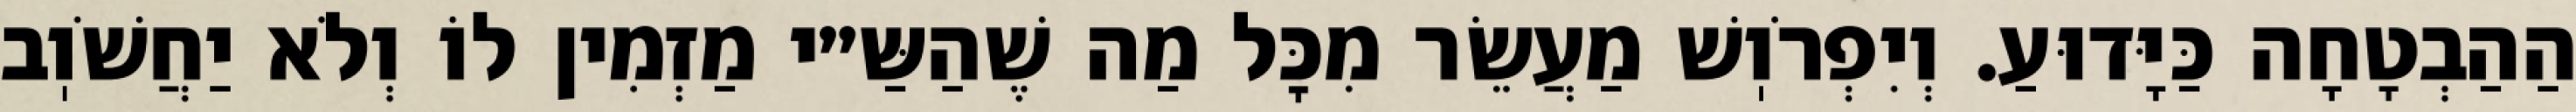
הַהַבְטָחָה כַּיָּדוּעַ. וְיִפְרֹוֽשׁ מַעֲשֵׂר מִכׇּל מַה שֶׁהַשַּ״י מַזְמִין לוֹ וְלֹא יַחֲשֹׁוֽב